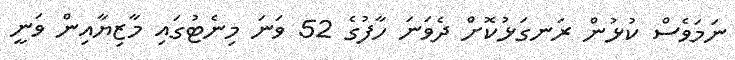
ނަމަވެސް ކުޅުން ރަނގަޅުކޮށް ދެވަނަ ހާފުގެ 52 ވަނަ މިނެޓުގައި މާޒިޔާއިން ވަނީ